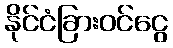
နိုင်ငံခြားဝင်ငွေ